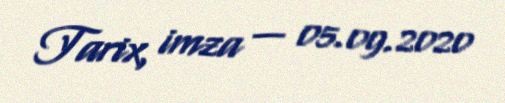
Tarix, imza — 05.09.2020